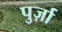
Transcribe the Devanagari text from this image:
पुर्ज़ा